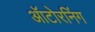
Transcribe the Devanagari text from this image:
ऑटोरनिंग